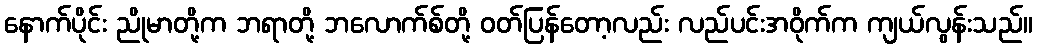
နောက်ပိုင်း ညိုမာတို့က ဘရာတို့ ဘလောက်စ်တို့ ဝတ်ပြန်တော့လည်း လည်ပင်းအဝိုက်က ကျယ်လွန်းသည်။